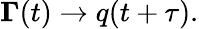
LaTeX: \boldsymbol{\Gamma}(t)\rightarrow q(t+\tau).